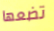
تضعها